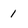
Character: 1